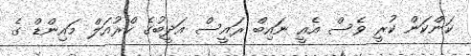
ކަންކަން ކުރީ ވެސް އެއީ ނައިބް ރައީސް އަދީބުގެ ކްރުއަލް މައިންޑް ގެ